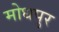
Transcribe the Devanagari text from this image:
मोधपुर